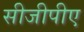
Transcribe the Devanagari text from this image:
सीजीपीए